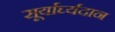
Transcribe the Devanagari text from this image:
सूर्यार्घ्यदान